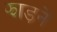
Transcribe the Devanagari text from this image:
झाड़नें